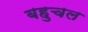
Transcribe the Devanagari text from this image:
बहुचल